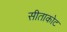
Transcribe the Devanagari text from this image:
सीताकोट